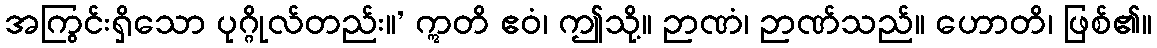
အကြွင်းရှိသော ပုဂ္ဂိုလ်တည်း။’ ဣတိ ဧဝံ၊ ဤသို့။ ဉာဏံ၊ ဉာဏ်သည်။ ဟောတိ၊ ဖြစ်၏။